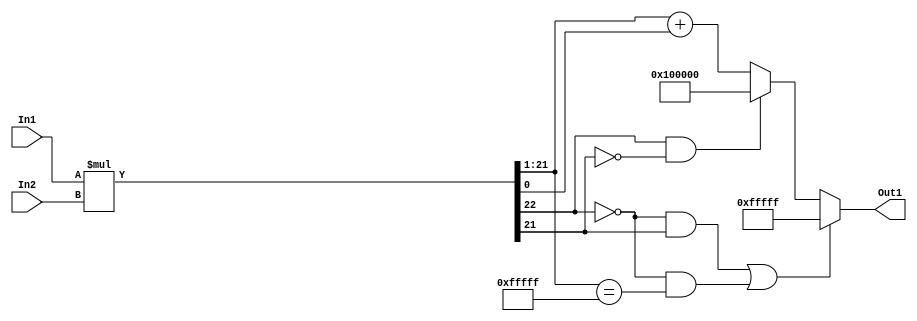
// -------------------------------------------------------------
// 
// 
// Generated by MATLAB 9.14 and HDL Coder 4.1
// 
// -------------------------------------------------------------


// -------------------------------------------------------------
// 
// Module: multb2_1
// Source Path: FP_sub/fp model/FIR_section_1/multb2_1
// Hierarchy Level: 2
// 
// -------------------------------------------------------------

`timescale 1 ns / 1 ns

module multb2_1
          (In2,
           In1,
           Out1);


  input   signed [11:0] In2;  // sfix12_En11
  input   signed [10:0] In1;  // sfix11_En3
  output  signed [20:0] Out1;  // sfix21_En13


  wire signed [22:0] multb2_mul_temp;  // sfix23_En14
  wire signed [20:0] multb2_out1;  // sfix21_En13


  assign multb2_mul_temp = In1 * In2;
  assign multb2_out1 = (((multb2_mul_temp[22] == 1'b0) && (multb2_mul_temp[21] != 1'b0)) || ((multb2_mul_temp[22] == 1'b0) && (multb2_mul_temp[21:1] == 21'sb011111111111111111111)) ? 21'sb011111111111111111111 :
              ((multb2_mul_temp[22] == 1'b1) && (multb2_mul_temp[21] != 1'b1) ? 21'sb100000000000000000000 :
              multb2_mul_temp[21:1] + $signed({1'b0, multb2_mul_temp[0]})));



  assign Out1 = multb2_out1;

endmodule  // multb2_1